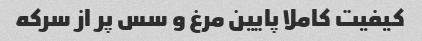
کیفیت کاملا پایین مرغ و سس پر از سرکه